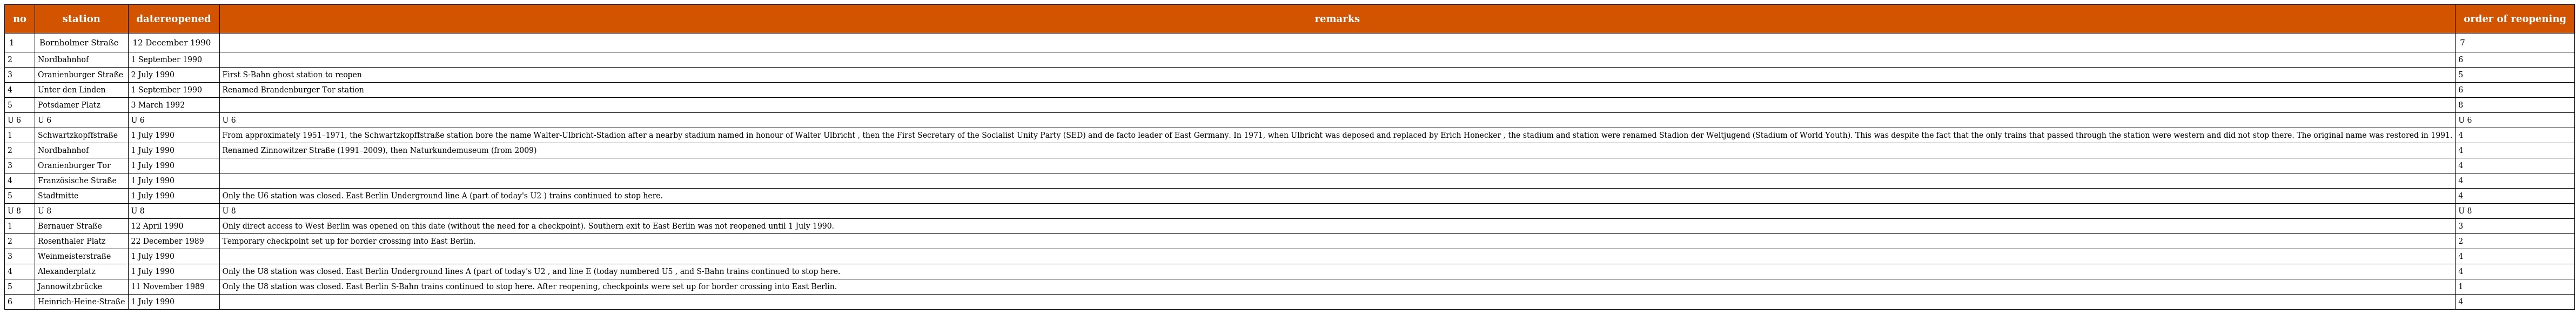
| no | station | datereopened | remarks | order of reopening |
 | --- | --- | --- | --- | --- |
 | 1 | Bornholmer Straße | 12 December 1990 |  | 7 |
 | 2 | Nordbahnhof | 1 September 1990 |  | 6 |
 | 3 | Oranienburger Straße | 2 July 1990 | First S-Bahn ghost station to reopen | 5 |
 | 4 | Unter den Linden | 1 September 1990 | Renamed Brandenburger Tor station | 6 |
 | 5 | Potsdamer Platz | 3 March 1992 |  | 8 |
 | U 6 | U 6 | U 6 | U 6 | U 6 |
 | 1 | Schwartzkopffstraße | 1 July 1990 | From approximately 1951–1971, the Schwartzkopffstraße station bore the name Walter-Ulbricht-Stadion after a nearby stadium named in honour of Walter Ulbricht , then the First Secretary of the Socialist Unity Party (SED) and de facto leader of East Germany. In 1971, when Ulbricht was deposed and replaced by Erich Honecker , the stadium and station were renamed Stadion der Weltjugend (Stadium of World Youth). This was despite the fact that the only trains that passed through the station were western and did not stop there. The original name was restored in 1991. | 4 |
 | 2 | Nordbahnhof | 1 July 1990 | Renamed Zinnowitzer Straße (1991–2009), then Naturkundemuseum (from 2009) | 4 |
 | 3 | Oranienburger Tor | 1 July 1990 |  | 4 |
 | 4 | Französische Straße | 1 July 1990 |  | 4 |
 | 5 | Stadtmitte | 1 July 1990 | Only the U6 station was closed. East Berlin Underground line A (part of today's U2 ) trains continued to stop here. | 4 |
 | U 8 | U 8 | U 8 | U 8 | U 8 |
 | 1 | Bernauer Straße | 12 April 1990 | Only direct access to West Berlin was opened on this date (without the need for a checkpoint). Southern exit to East Berlin was not reopened until 1 July 1990. | 3 |
 | 2 | Rosenthaler Platz | 22 December 1989 | Temporary checkpoint set up for border crossing into East Berlin. | 2 |
 | 3 | Weinmeisterstraße | 1 July 1990 |  | 4 |
 | 4 | Alexanderplatz | 1 July 1990 | Only the U8 station was closed. East Berlin Underground lines A (part of today's U2 , and line E (today numbered U5 , and S-Bahn trains continued to stop here. | 4 |
 | 5 | Jannowitzbrücke | 11 November 1989 | Only the U8 station was closed. East Berlin S-Bahn trains continued to stop here. After reopening, checkpoints were set up for border crossing into East Berlin. | 1 |
 | 6 | Heinrich-Heine-Straße | 1 July 1990 |  | 4 |